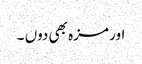
اور مزہ بھی دوں ۔